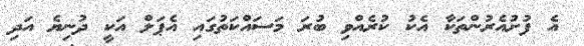
އެ ފުށުއެރުންތަކާ އެކު ކުރެއްވި ބުރަ މަސައްކަތުގައި އެޕަލް އަކީ ދުނިޔެ އަދި